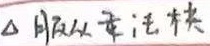
$\Delta$ 服从重活核